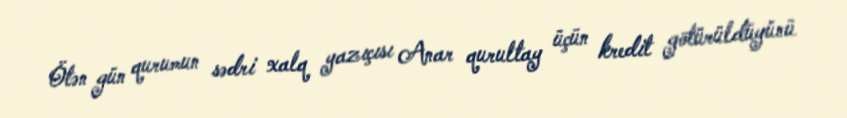
Ötən gün qurumun sədri xalq yazıçısı Anar qurultay üçün kredit götürüldüyünü